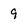
Character: 9